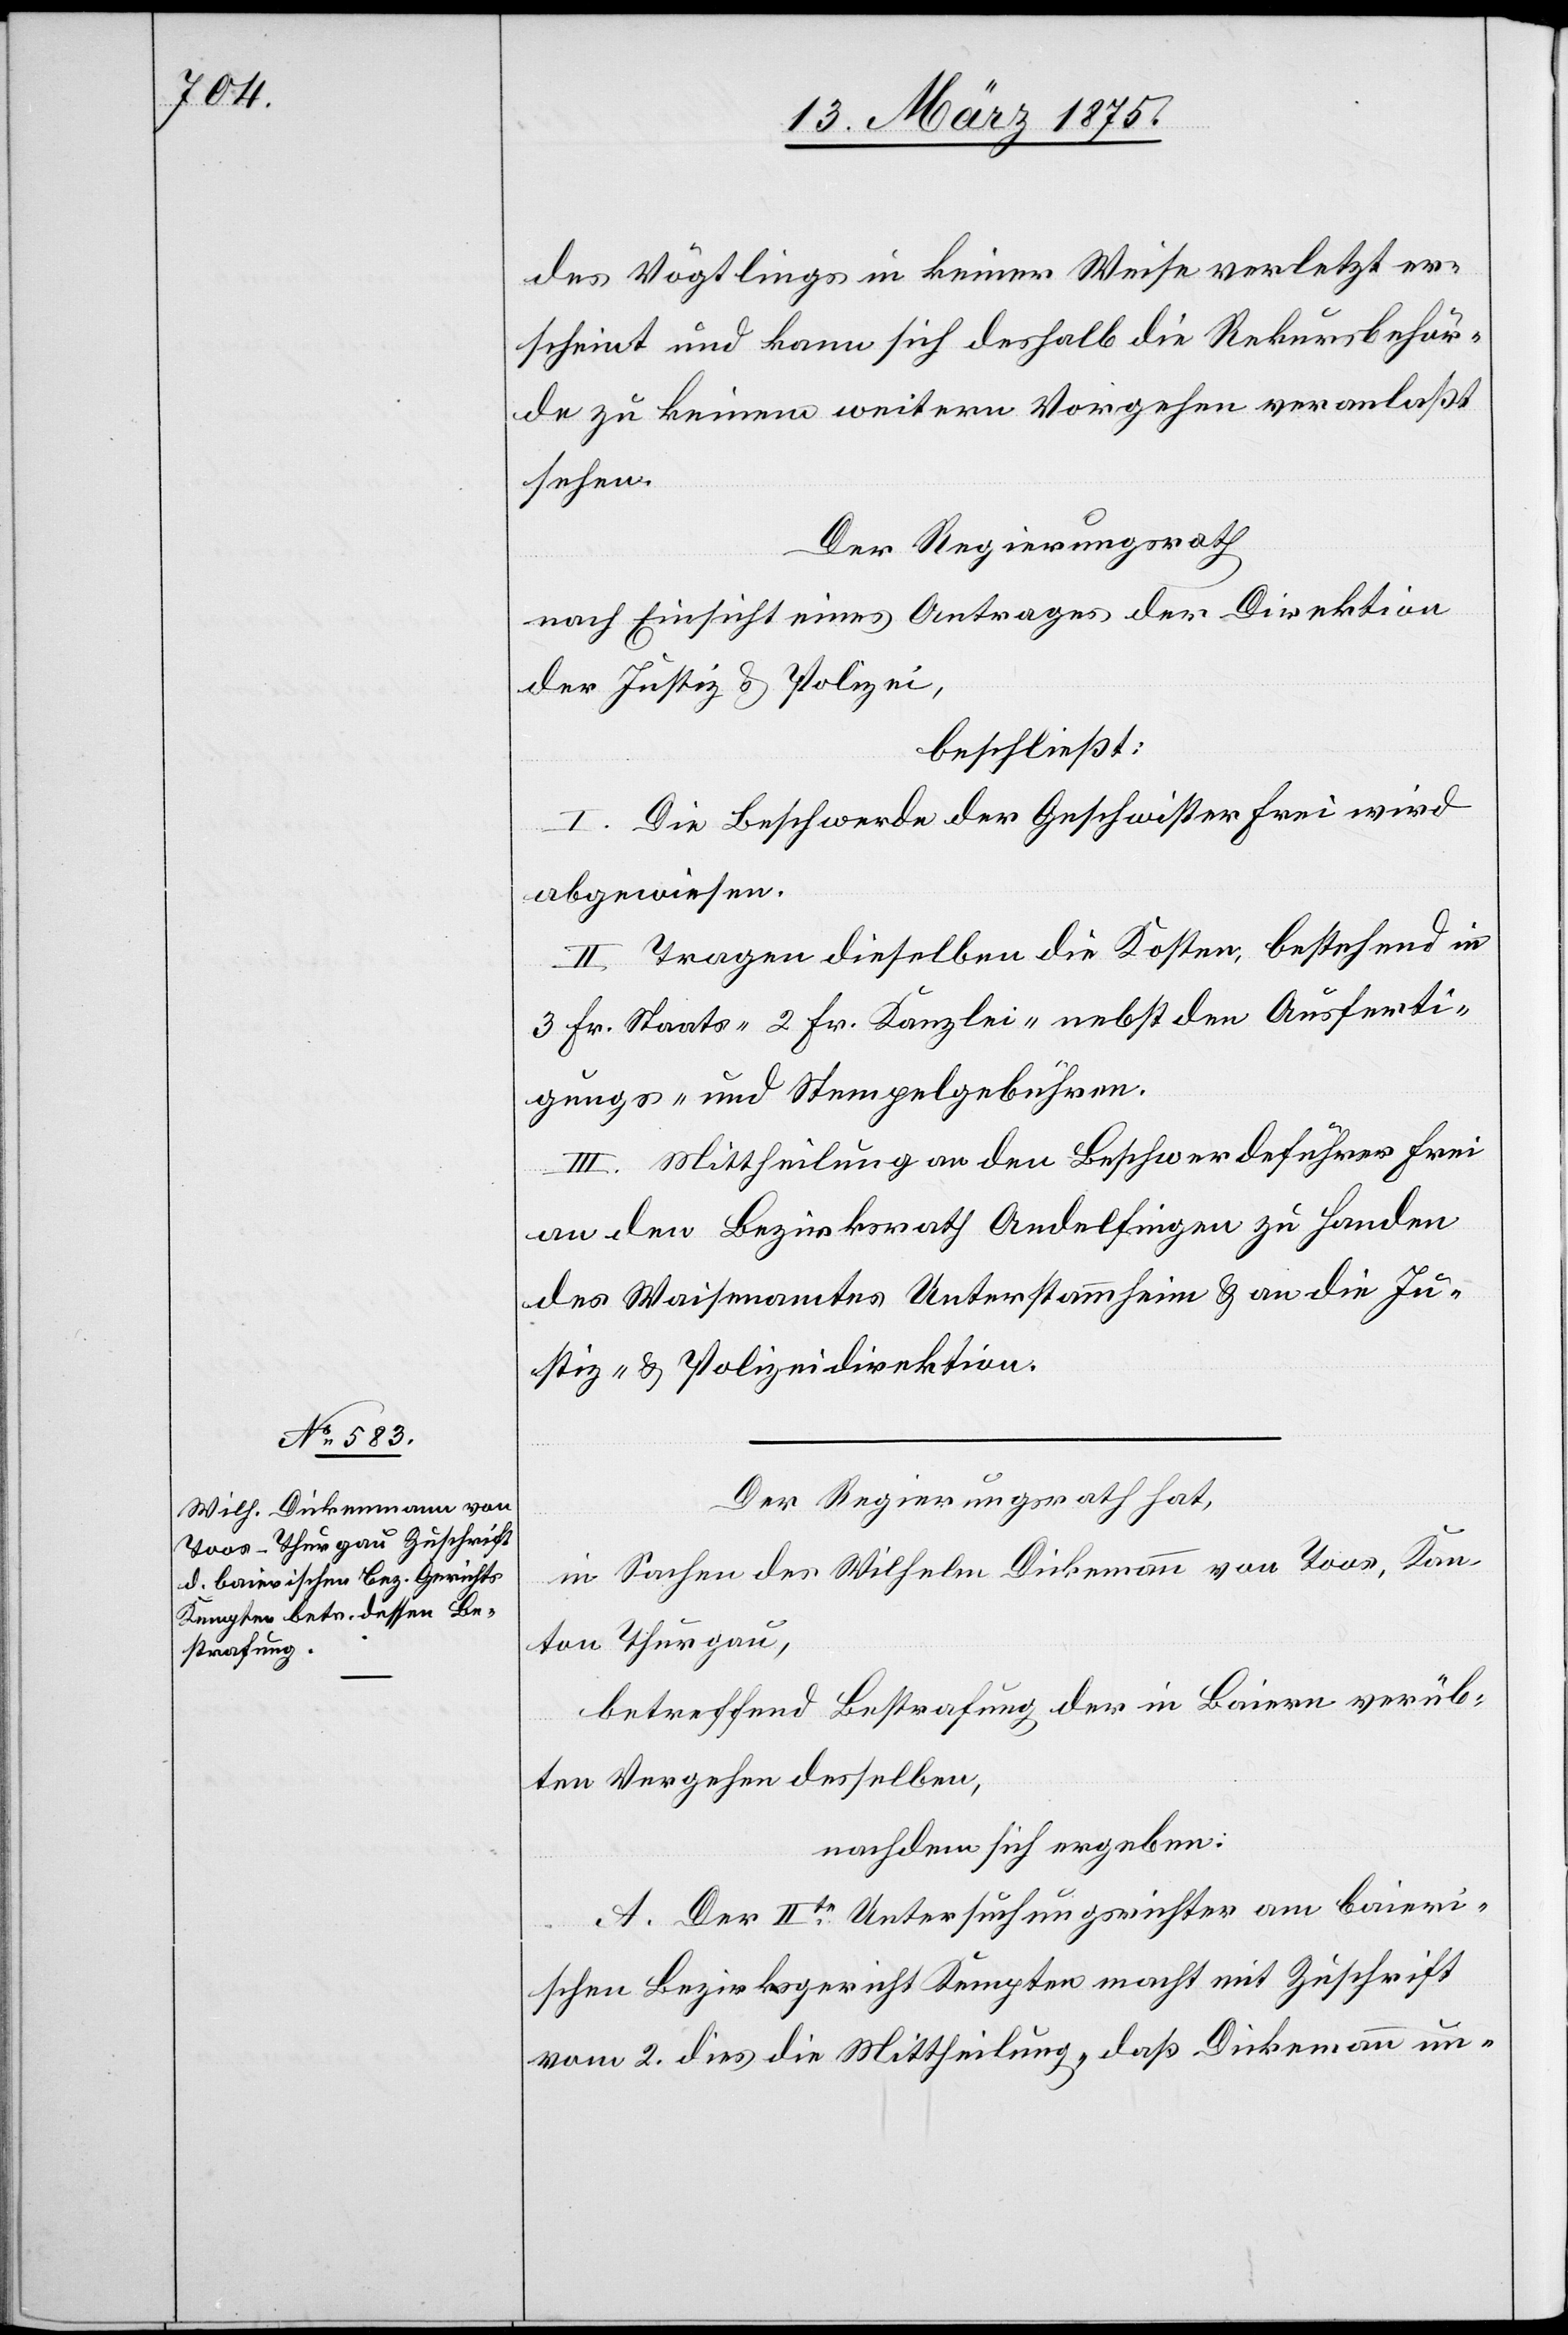
des Vögtlings in keiner Weise verletzt er¬
scheint und kann sich deshalb die Rekursbehör¬
de zu keinem weitern Vorgehen veranlaßt
sehen.
Der Regierungsrath,
nach Einsicht eines Antrages der Direktion
der Justiz & Polizei,
beschließt:
I. Die Beschwerde der Geschwister Frei wird
abgewiesen.
II. Tragen dieselben die Kosten, bestehend in
3 Fr. Staats- 2 Fr. Kanzlei- nebst den Anferti¬
gungs- und Stempelgebühren.
III. Mittheilung an den Beschwerdeführer Frei
an den Bezirksrath Andelfingen zu Handen
des Waisenamtes Unterstammheim & an die Ju¬
stiz- und Polizeidirektion.
Der Regierungsrath hat,
in Sachen des Wilhelm Dickemann von Toos, Kan¬
ton Thurgau,
betreffend Bestrafung des in Baiern verüb¬
ten Vergehen desselben,
nachdem sich ergeben:
A. Der II.te Untersuchungsrichter am bairi¬
schen Bezirksgericht Kempten macht mit Zuschrift
vom 2. dies. die Mittheilung, daß Dickemann un-